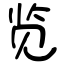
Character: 览